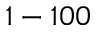
1 - 1 0 0